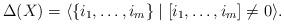
LaTeX: \begin{align*}\Delta(X)=\langle \{i_1,\dots,i_m\}\mid [i_1,\dots,i_m]\ne 0 \rangle.\end{align*}